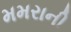
મમરાની